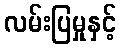
လမ်းပြမှုနှင့်